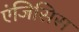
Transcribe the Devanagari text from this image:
एंजिसिस